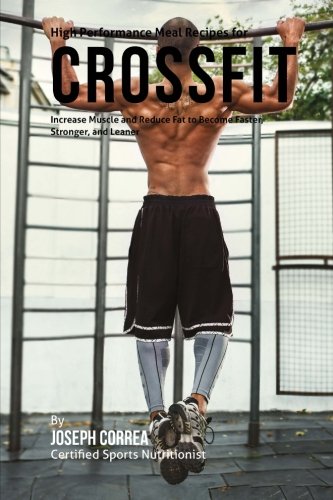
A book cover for High Performance Meal Recipes for Crossfit: Increase Muscle and Reduce Fat to Become Faster, Stronger, and Leaner; Joseph Correa (Certified Sports Nutritionist); Sports & Outdoors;